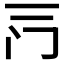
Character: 𰿦